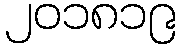
၂၀၁၈၁၉